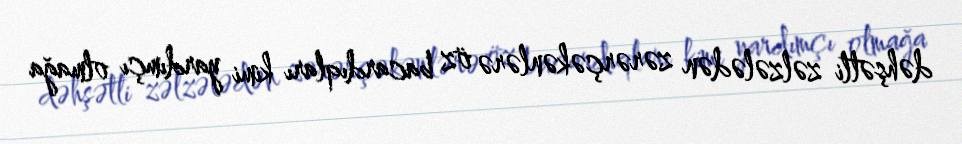
dəhşətli zəlzələdən zərərçəkənlərə öz bacardıqları kimi yardımçı olmağa